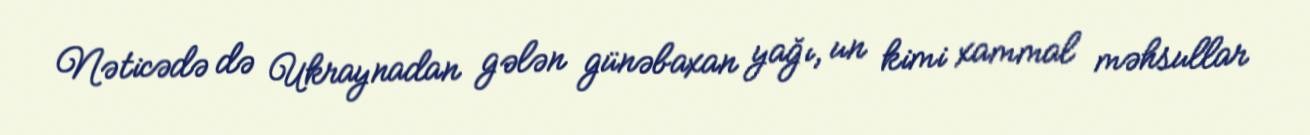
Nəticədə də Ukraynadan gələn günəbaxan yağı, un kimi xammal məhsullar